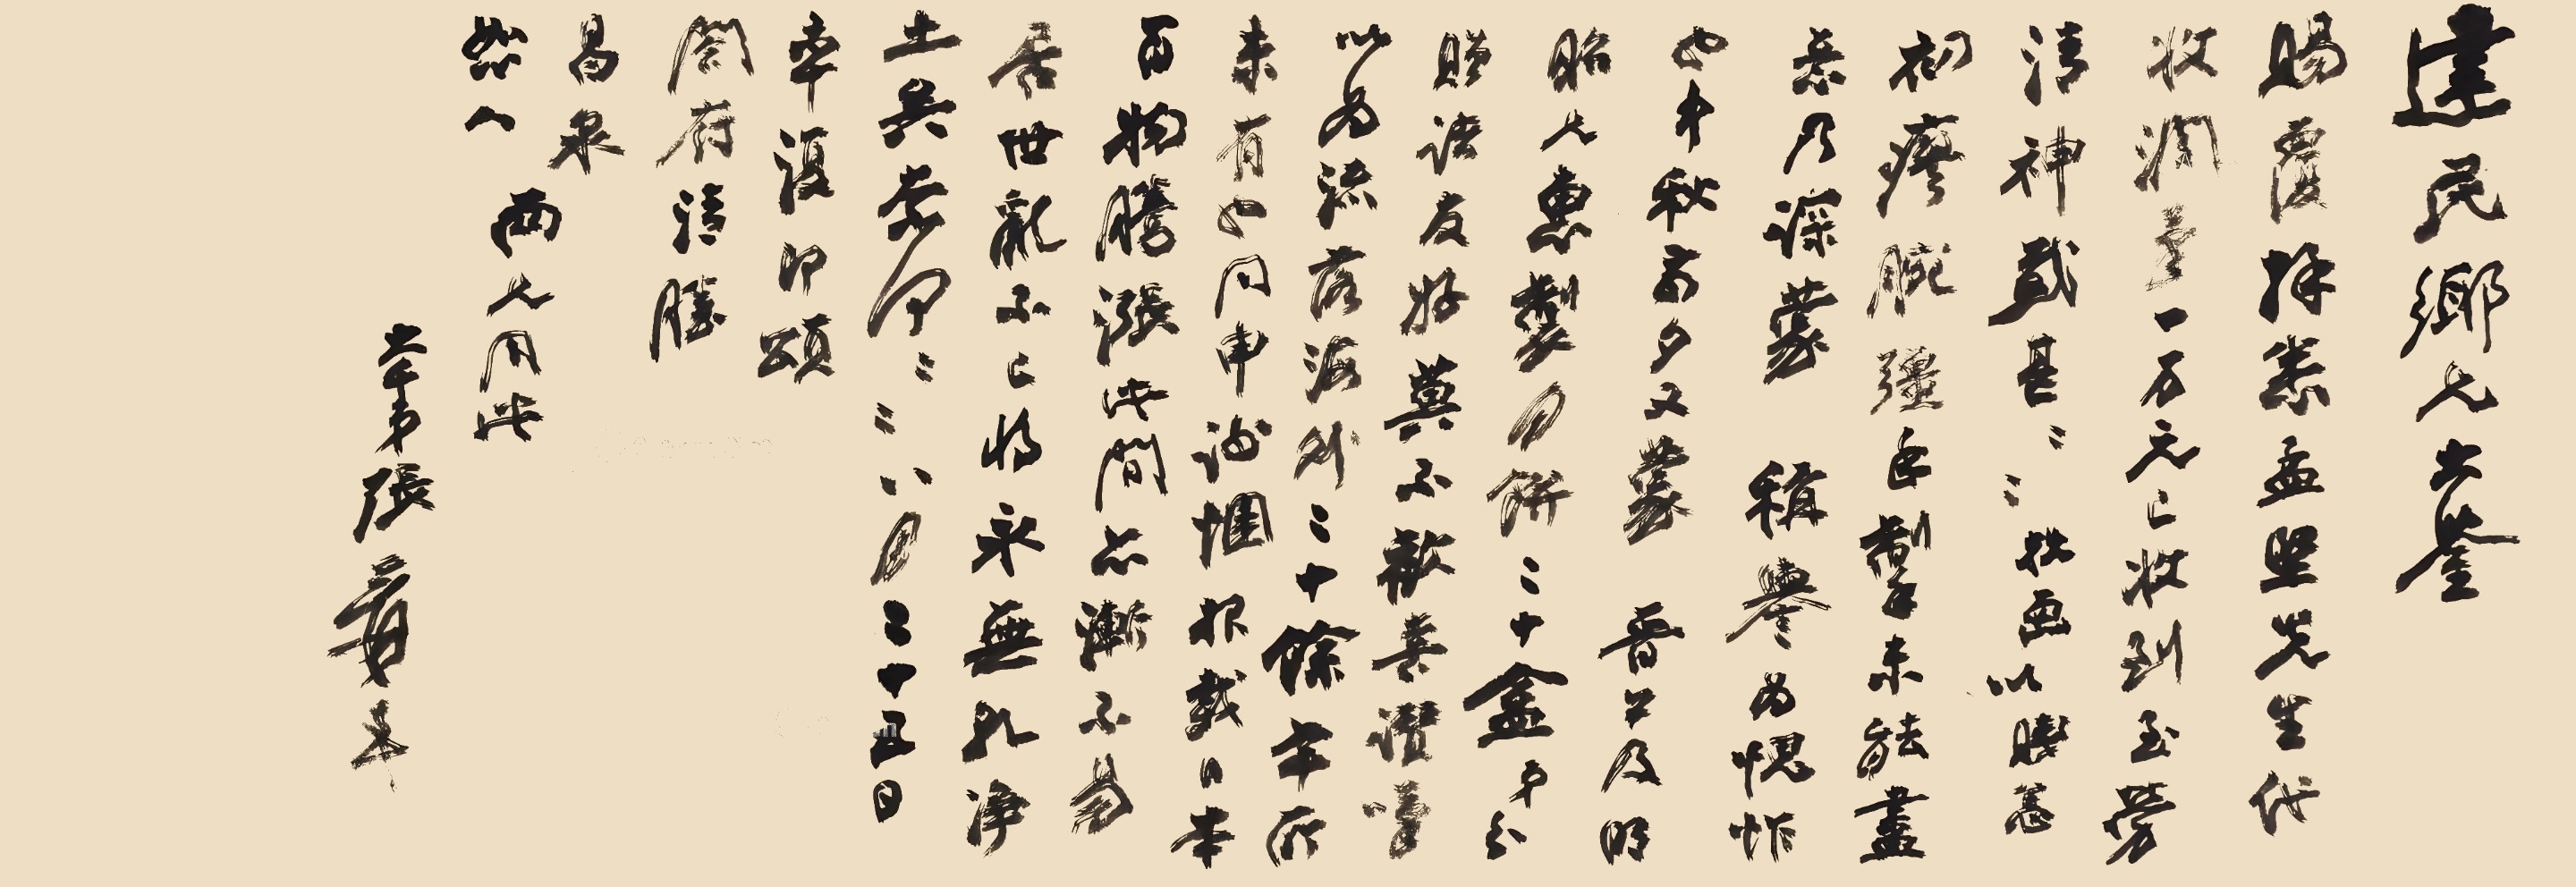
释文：建民乡兄大鉴，赐覆拜蔡孟坚先生代收润笔一万元，已收到，至劳清神，感甚感甚，我画以贱悉，初瘳腕强手掣未能尽意，乃深蒙称誉为愧怍也，中秋前夕又蒙晋公及明昭兄惠制月饼二十盒，弟分赠诸友好莫不欢喜赞叹，以为流落海外二十余年所未有也，同申谢悃，报载日本百物腾涨，此间亦渐不易，居世乱不已将永无干净土矣，奈何奈何，八月二十五日率复即颂，合府清胜。昌泉、恕人两兄用此，大千弟张爰顿首。